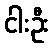
ငါးဦး